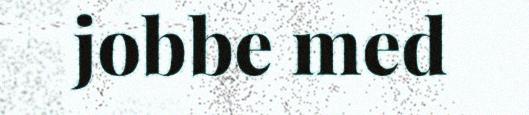
jobbe med